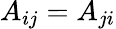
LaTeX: A_{ij}=A_{ji}